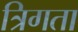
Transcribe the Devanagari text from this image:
त्रिगता